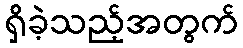
ရှိခဲ့သည့်အတွက်